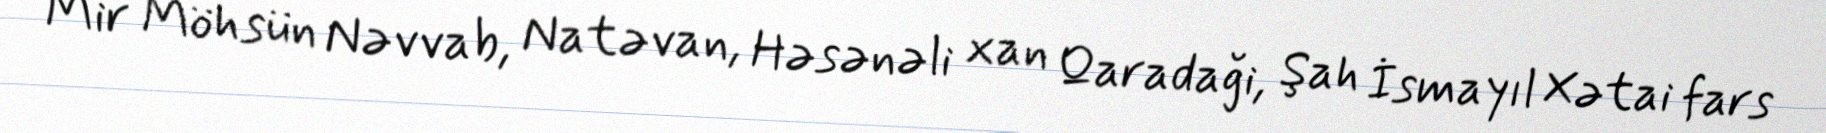
Mir Möhsün Nəvvab, Natəvan, Həsənəli xan Qaradaği, Şah İsmayıl Xətai fars